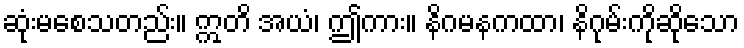
ဆုံးမစေသတည်း။ ဣတိ အယံ၊ ဤကား။ နိဂမနကထာ၊ နိဂုမ်းကိုဆိုသော